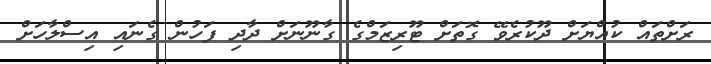
ރަށްތައް ކުއްޔަށް ދޫކުރެވޭ ގޮތަށް ޓޫރިޒަމްގެ ގާނޫނަށް ދާދި ފަހުން ގެނައި އިސްލާހަށް